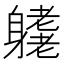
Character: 𨊁